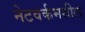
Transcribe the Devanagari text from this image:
नेटवर्कमधील